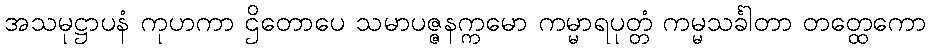
အသမုဋ္ဌာပနံ ကုဟကာ ဌိတောပေ သမာပဇ္ဇနက္ကမော ကမ္မာရပုတ္တံ ကမ္မသင်္ခါတာ တတ္ထေကော